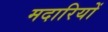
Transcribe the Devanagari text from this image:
मदारियों